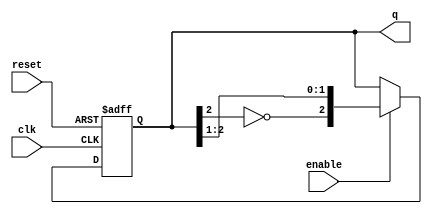
module johnson_counter (
    input wire clk,           // Clock signal
    input wire reset,         // Asynchronous reset signal
    input wire enable,        // Enable signal (optional)
    output reg [2:0] q        // 3-bit output representing the counter state
);

    // Always block triggered on the rising edge of the clock or reset
    always @(posedge clk or posedge reset) begin
        if (reset) begin
            q <= 3'b000;       // Reset the counter to initial state 000
        end else if (enable) begin
            // Johnson counter logic
            q <= {~q[2], q[2:1]}; // Shift right and feedback the inverted last bit
        end
    end

endmodule